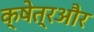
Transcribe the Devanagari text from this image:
क्षेत्रऔर